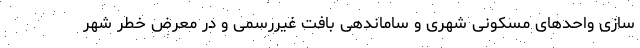
سازی واحدهای مسکونی شهری و ساماندهی بافت غیررسمی و در معرض خطر شهر